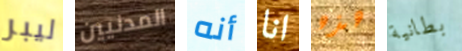
ليبر المدنيين أنه انا هذه بطانية